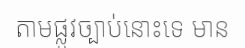
តាមផ្លូវច្បាប់នោះទេ មាន